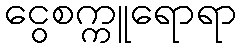
ငွေစက္ကူရောရာ